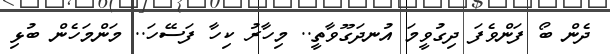
ދެން ބޯ ފަންވެފަ ދިގުވީމަ އުނދަގޫވާތީ.. މިހާރު ކިހާ ފަސޭހަ.. މަންމަހެން ބުޅި